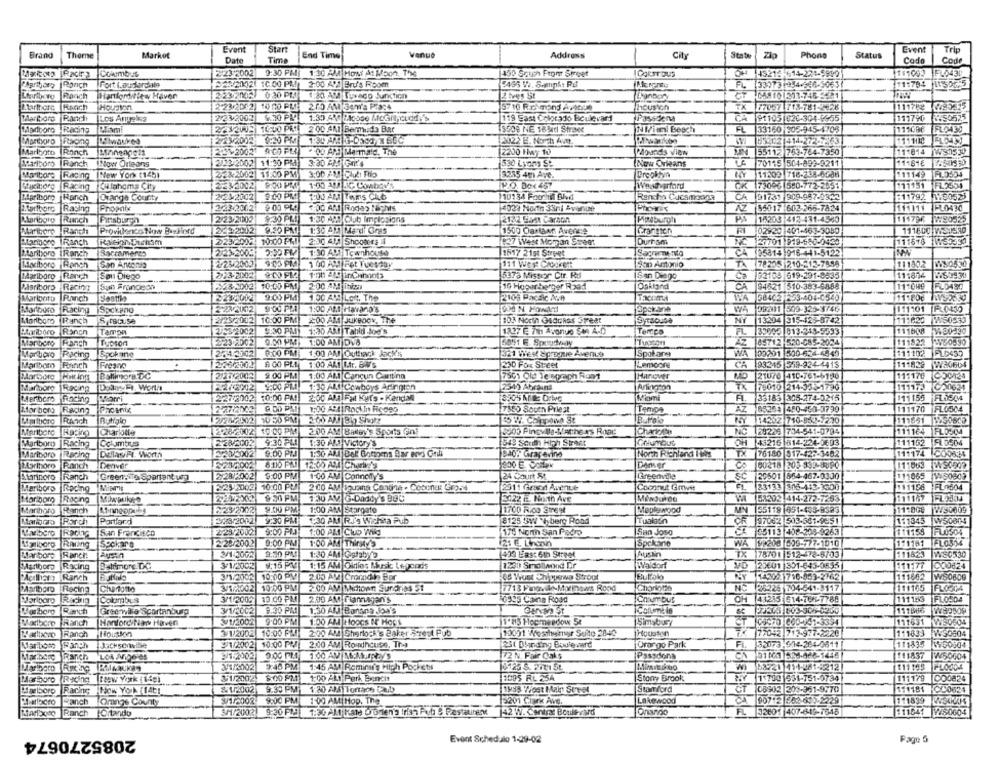
Brand
Event
Start
Venue
Address
Phone
Status
Event
Trip
Themne
Market
Date
Time
End Time
Stater
Zło
Codo
Code
Cowmbus
2/23/2002
9:30 PMI
1:30 AM HOM At Moon, The
150 Sauch Front Street
OH 43215-614-221-9990
FLO430
Maribora |Ranch Fort Lauderdale
2/2/20021 10:00 PM 2:00 422 Bru's Room
111784 1055615
Ranch Hartfordwiew Haver
2232002
0 20 PM
1:20 AM Suweco Junction
12 Ives St
Lonbory
DAR 101513-748-521
Charthore Ranch Houston
2-23/2002|10 00 PM 2.15 AM 34w'S Pro:+
houston
TX
77057 718-781-2-2K
111789 785375
Marboro Panch |Los Angeles
2232003
119 Sast Colorado Biculevard
Passdena
91105 620-304-6955
111790
8.50525
Mariporo Racing
Diami
223208 1050 PM
2 00 AM Bermuda Bar
5509 NE 1894cl Straee
NIViani Beach
FL
33160 505-945-4708
111086 FLO435
2:23/2003 0:20 PM
2022 B. North Avet.
63402 411-272-2363
Marlboro Ranch |stanengels
22420021 9:00 FER
2200 Hwy 10
Wounds vian
55112 753-764-7350
11:814
Marlboro |Ranch Now Orleans
2/23/2002 11:30 PM
3:30 AM Goit's
530 Lyons St.
New Orleans
70115 504-899-9211
11181€
Maritore Racing |New York (14b)
22.2002 11:00 PM
3:00 AM Club Rio
3255 4m Ave.
Brooklyn
11209 716-238-6008
111149
Busitore Racing
CWlahoma City
1:00 AM JIC Cowboy's
PO. Box 457
CK 73006 580-772-2851
111151 FL2354
Marlboro Hanch
Orange County
2224200
9:00 PM
110134 For14 8hvd
Rancho Cucamonga
CA 91731 909.987.8842
:11792 130523
Rasing
Phoenix
2/3/20121
9 00 PLA
1:00 AM Rodas Nichts
4024 North 33ni Avenue
AZ 85017 602-266-7824
111111
FLO430
Marlboro
Runch
Pittsburgh
2/23/21302
9:30 PLI
1:30 AM Club Implosions
2132 Saat Carson
Pipeburoti
PA
16208 412-431-4560
W90525
Mariborg Ranch
Provilkenco Now Basfred
22.2002
1:30 AM Me di Ores
1500 Cartaar Avenue
trangton
02920 401-463-5080
111600 WSI580
Mangore |Ranch
223/2002 10:00 PM
2:30 AM Shooters Il
[27 West Mor an Street
Durham
27701 919-680-0420
111578 |W65339
223-20031
2:50 PM 1:30 AU Townhouse
CA 35814 1916-441-5122
Mariboro |Ranch
Baccameres
1517 2151 SMpet
Mociboro Ranch
2/25/2009
111 West Crockett
San Antonio
TA 78205 210 -- 13-7895
111902 1650550
9:00 -12 1-00 4 inCunants
5373 Missor Cir. Ru
San Diego
111874 W53530
Marlboro Ranch Soul Diego
2/23-2002
Ca 93105 619-291-8635
Malariboro Racing
Sun Frondeon
228-2002| 10:00 PM
2:00 AM Ibiza
10 Hopar berger Raad
Oakland
CA 94521 310-383-6888
11:0W9 FLD450
Marionto Ranch
9.00 PM| 1.00 AYLott. The
2108 Pacific A.n
IWA 6840- 253-404-0540
111:POC WY52659
Marlboro Racing
Spckang
1:00 AM Havano's
09211 509-325-3746
111101 .0430
Marlboro Ranch
S, racuse
23/25/2002
10:00 PM
2:00 AM Jukebox, The
103 North GadoRss Street
13204 315-425-8742
111620 WIS0530
Mariboro Ranch Tampa
2/23/2002
9:30 PMI 1:30 AM Tahid Joe's
Temps
33003 813-248-5593
111008
Marboro Ranch
Tucson
2232002
0.00 PM: 1:00 AM DVA
89712 520-685-2024
111822
Marboro Racing
Spokane
204/2012
R:00 PM: 1:00 AM Outhack Jack's
321 West Boroque Avenue
Spot are
WA
09201 500-634-4549
111102
PLO437
Marlboro
Rennch
Fresno
2262102
A CO PLI
1:00 ALI M.r. BWV's
230 Fox Street
Lemooine
CA 83315 559-224-4419
111828 W30604
Morbore Hitting Ballimore DC
25012008
9.00 PM
1:00 AM Cancun Cantina
7501 Old Te sprach Ront
Hanover
MD 21070 410-761-6100
11:170 C5014
Maribore |Racing Dolos-Ft. Wortht
SADO PLI! 1-30 AMI Cowboys Aringion
2340 Abrauna
Arlington
75010 214-535-1790
111175C20034
2237/2002
2:00 AM FMI Kars - Kendal
Miami
A.
33183 305-274-0215
111155
Meribero facing
porri
10:00 PM !!
Mor boro Racing Pacanix
7860 South Priest
Tempe
AZ
85264 480-450-3799
111170 FLO504
Mmthere |Ranch
Butno
111851 1X50805
14202 710-863-7230
Marlboro Raping
Charlotte
2282:002 10:00 PM
2.00 AM BANov's Sports Gint
0303 Pingvilla-WAtthe A's Road
Charlotte
NC 28226 704-541-0794
111164 FLO304
Marlboro
Racing Columbus
228/2002
9:30 PM
543 Scun High Street
GHumOus
OH 43215 814-224-3603
111152 9L0504
1:30 AIT VICIOr
Marlboro Racing DallasFt. Worth
9:00 PM
Baor Grapevine
North Richland IWs
TX 76180 917-422-3482
111174 C00834
Ranch Denvier
Denver
00218 205 932-8090
111063 W50502
Atarinoro Ranch Green.ito Spartantig
2/28/2002
9:00 PM
1.00 AM Connolly's
24 Court St
Greenvile
SC 25501 654-467.0300
111065 W90609
Maribors Roche Mikmit
225/20021
10:00 PO
2.00 AM Tauxna Cantina . Cobonus Grp.s
2911 Gesod Avenue
Coconut Growvit
23133 306-412-3600
111156 FL0604
Mariboro |Racing
9 50 PM
130 AV G-Daddy's BOC
2022 E. North Ave
W 53202 414-272-7263
1111/7
Marihoro Ranch
229/2002
9.00 PM
1:00 AM Stargate
1700 R.03 Street
Maplewood
MN 55119 651-435-8323
11:808
Marlboro Ranch
Partlard
Ex8/2002
9:30 PM
1:30 AM RJ's Wichita Pub
8125 3wil berg Road
Tualatin
CR 9706-2 513-581-9651
-
111845 W50804
San Francisco
2/23/2002
1:00 AM Ciuo Wilig
175 North San Pedro
San Joso
SANS5113 408-208-9263
111159
2/29/2002
paiborg Raring
Sackara
0:00 PM
1:00 AM Thirsty/S
Spckarte
WA 9:200 809 -- 77-1010
FLO336
Marlboro Ranch
JANSin
3/1/2002
9.30 PM
1:30 AM Gatsbya
433 LRs: 6th Street
Austin
TX 78701 512-478-6703
111623 W80530
Marlboro Racing
Batimore DC
3/1/2002
9:15 PM 1:15 AM Oldies Ikursk Le pods
1231) Smallwood Dr
Waldorf
000624
VD 23601 301-645-0655
111177
2Acilhary Ranch
3/1/2002
10:00 PM
2.00 AV Cmordin Er
48 Wrust Chippewa Stroot
SY 14202 716-483-2762
111602
WSO6De
3/1221002
2.00 AM Millown Sundries 51
Marlboro
Racing
Charlotte
10:00 PM
NC 26225 704-641-8117
Marlboro
Columbus
3/1/2002
10.00 PM
2.00 AM Fiannagan's
6993 Cans Road
Choumbut
OH 44215 514-766-7788
111153
FLOSDA
Borborg
Ranch
Greenwie Spartanburg
31/2002 9.30 PM
111806
1.30 AMJ Banana Joe's
27843 803-306-5260
Morbere Ranch
HanfordyNia Haver
31/2002
9:00 PM
1.00 AM Hoocs N' Hops
1º85 Hoemeadow 54
Simsbury
CT 03970 360-147-3334
111631 WW50504
Housko
3/1/2002 10:00 PM
X 77042 713-977-2220
111833 W50504
Ranch
2:00 424 Sherlock's Baker'S-rest Pub
10001 Wesheiner Suite 2849
41ambose Ranch Jacksonwinie
2/1/2002
10:00 PM/| 2.00 AM Rowhouse, The
231 Dhrdiny Boulevard
Orargo Park
FL.
32073-944-264-0611
111835
3960904
Maribere Ranch Los Angeles
72 N. Fair Oaks
Passions
111837
250004
9:40 PM
1:45 AM Romina's High Pockets
W 82 111-4 1-2212
Mastbor
Racing teew York (14g)
31/2002
$:00 PMI) 1:00 AT) Perl, Bench
3095 RL 25A
Stony Brook
1 700 531-151-0734
111179
000824
Marlboro Racing New York (f4t!
9.30 PM| 1:30 AM Tonach Dub
Stamford
CT 08902 203-361-9770
111181
HC00624
Panch Orange County
1/2002
9:00 PM |1 00 AM Hop. The
5201 Ciarx Ave.
Lakewood
90712 262-690-2229
111899 730004
Ranch Ortando
SM/20021
9:30 PM 130 AM|Kate Gorien'a Irish Pub 5 Restaurent
42 W. Contrat Boulevard
FL 32601 407-649-1648
111041 9280004
2085270674
Event Schedalo 1-29-02
Page 5